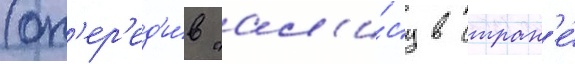
(оп'ер'ед'и́в "ал'и́су в стран'е́